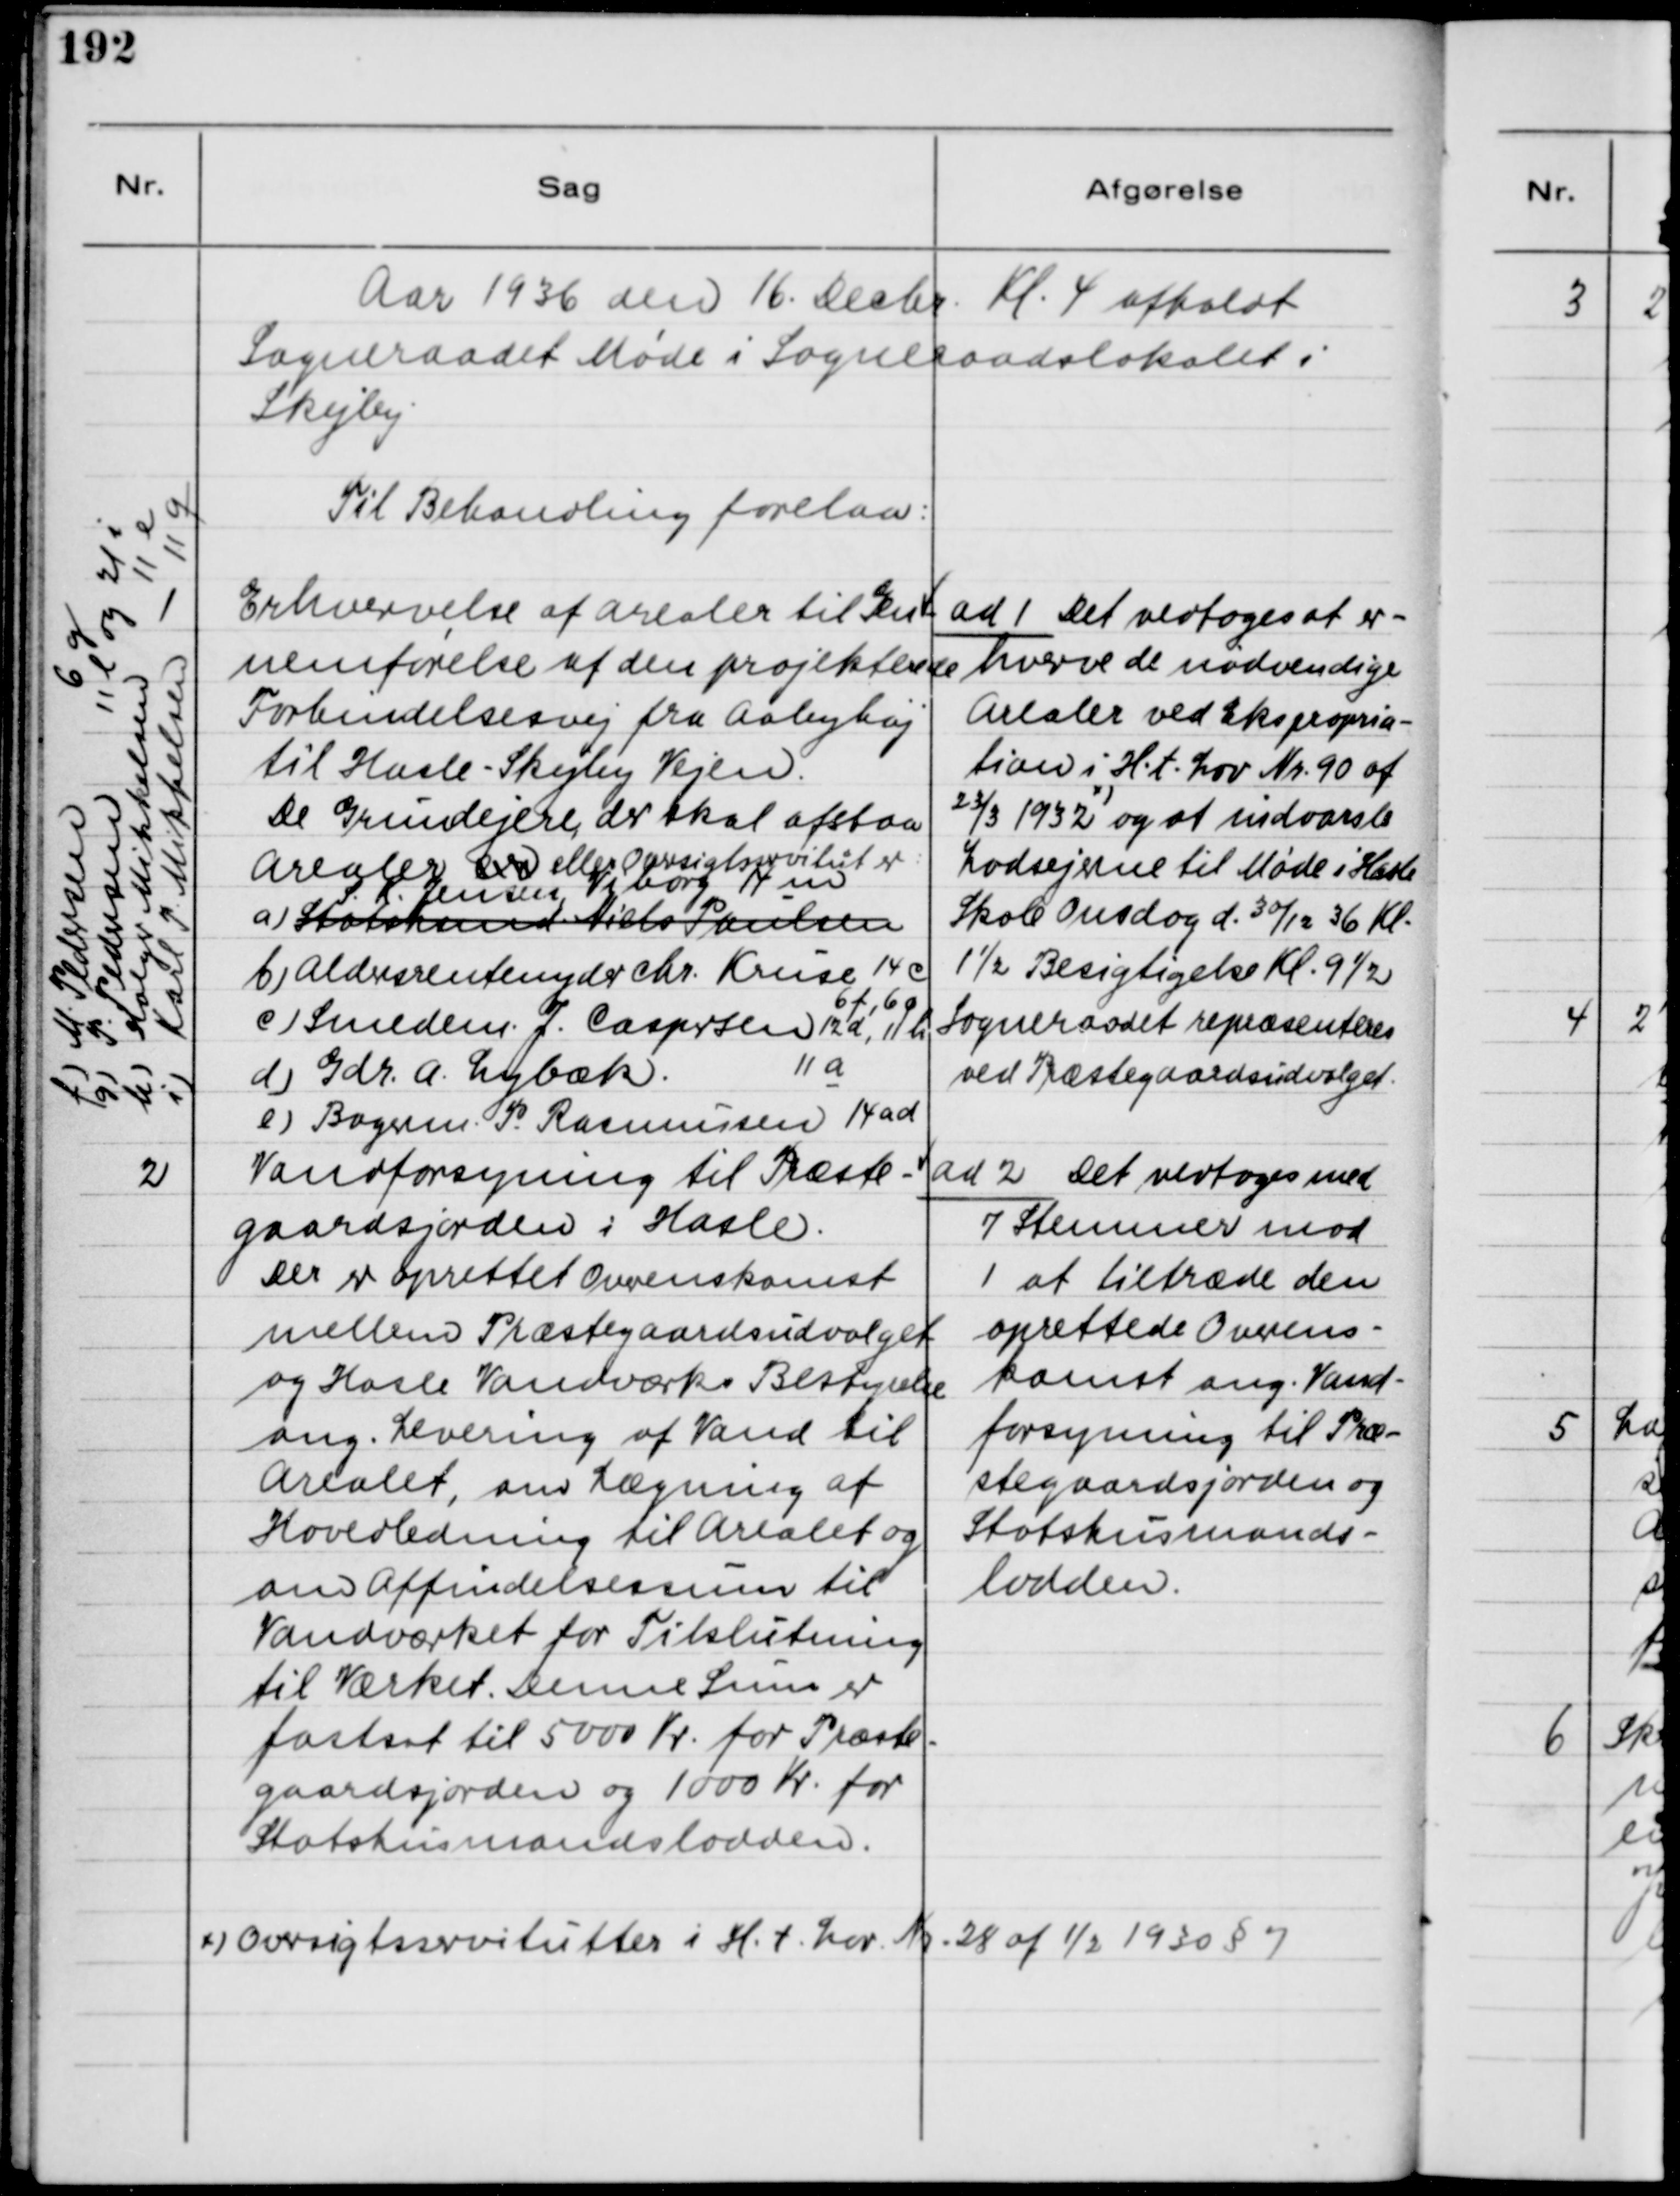
Transskription:
Aar 1936 den 16. decbr. Kl. 4 afholdt
Sogneraadet Møde i Sogneraadslokalet i
Skejby.
Til Behandling forelaa:
Erhvervelse af arealer til Gen-
nemførelse af den projekterede
Forbindelsesvej fra Aabyhøj
til Hasle-Skejby Vejen.
De Grundejere, der skal afstaa
Arealer der eller Oversigtsservitut er
a) Statshsmd Niels Poulsen
S.K. Jensen, Viborg 14 m
b) Aldersrentenyder Chr. Kruse 14 c
6 f, 6 ø
c) Smedem. J. Caspersen 12 d, 11 h
d) Gdr. A. Lybæk.
11 a
e) Bagerm. P. Rasmussen 14 ad
f) M. Pedeersen 6 g
g) P. Pedersen 11 l og 21 i
h) Holger Mikkelsen 11 e
i) Karl P Mikkelsen 11 g
ad 1 Det vedtoges at er-
hverve de nødvendige
Arealer ved Ekspropria-
tion i H.T. Lov Nr. 90 af
23/3 1932 
x)
og at indvarsle
Lodsejerne til Møde i Hasle
Skole Onsdag d. 30/12 36 Kl.
1½ Besigtigelse Kl. 9½
Sogneraadet repræsenteres
ved Præstegaardsudvalget.
2
Vandforsyning til Præste-
gaardsjorden i Hasle.
Der er oprettet Overenskomt
mellem Præstegaardsudvalget
og Hasle Vandværks Bestyrelse
ang. Levering af Vand til
Arealet, om Lægning af
Hovedledning til Arealet og
om Affindelsessum til
Vandværket for Tilslutning
til Værket. Denne Sum er
fastsat til 5000 Kr. for Præste-
gaardsjorden og 1000 Kr. for
Statshusmandslodden.
ad 2 Det vedtoges med
7 Stemmer mod
1 at tiltræde den
oprettede Overens-
komst ang. Vand-
forsyning til Præ-
stegaardsjorden og 
Statshusmands-
lodden.
x) Oversigtsservitutter i H.t. Lov Nr. 28 af 1/2 1930 § 7